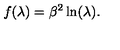
f ( \lambda ) = \beta ^ { 2 } \ln ( \lambda ) .